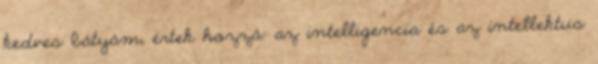
kedves bátyám, értek hozzá: az intelligencia és az intellektus